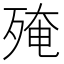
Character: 殗